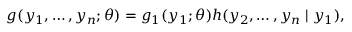
g ( y _ { 1 } , \dots , y _ { n } ; \theta ) = g _ { 1 } ( y _ { 1 } ; \theta ) h ( y _ { 2 } , \dots , y _ { n } \mid y _ { 1 } ) ,